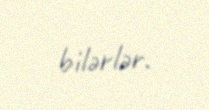
bilərlər.